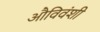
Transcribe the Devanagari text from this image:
औविवंशी